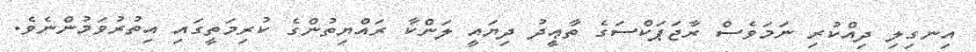
އިނގިލި ދިއްކުރި ނަމަވެސް ރާޖަޕަކްސަގެ ތާޢީދު ދިޔައީ ލަންކާ ރައްޔިތުންގެ ކުރިމަތީގައި އިތުރުވަމުންނެވެ.